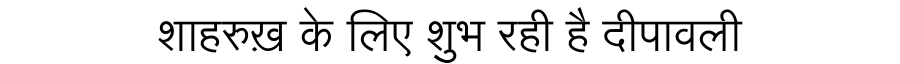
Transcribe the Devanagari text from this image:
शाहरुख़ के लिए शुभ रही है दीपावली